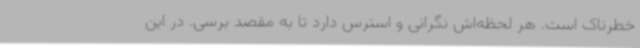
خطرناک است. هر لحظه‌اش نگرانی و استرس دارد تا به مقصد برسی. در این